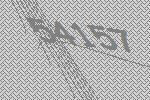
54157